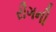
રૌગની